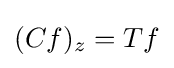
\displaystyle (Cf)_{z}=Tf